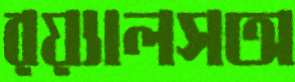
রয়্যালসঅ